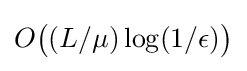
O{\bigl (}(L/\mu )\log(1/\epsilon ){\bigr )}